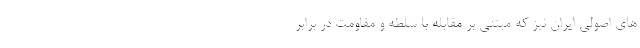
های اصولی ایران نیز که مبتنی بر مقابله با سلطه و مقاومت در برابر